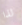
لذا